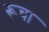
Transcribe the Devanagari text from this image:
रूचा